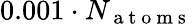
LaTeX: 0.001\cdot N_{\mathrm{~a~t~o~m~s~}}